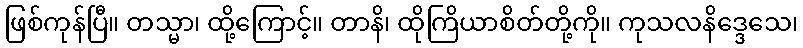
ဖြစ်ကုန်ပြီ။ တသ္မာ၊ ထို့ကြောင့်။ တာနိ၊ ထိုကြိယာစိတ်တို့ကို။ ကုသလနိဒ္ဒေသေ၊